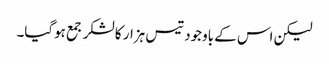
لیکن اس کے باوجود تیس ہزار کا لشکر جمع ہوگیا۔